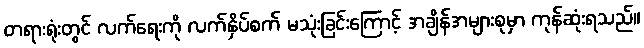
တရားရုံးတွင် လက်ရေးကို လက်နှိပ်စက် မသုံးခြင်းကြောင့် အချိန်အများစုမှာ ကုန်ဆုံးရသည်။